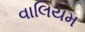
વાલિયમ